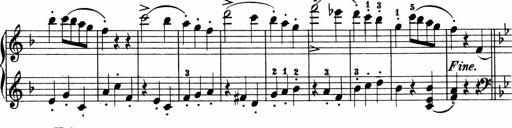
Title: 2 instructive Sonatinen
Composer: Paul Schumacher